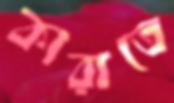
কারাতে